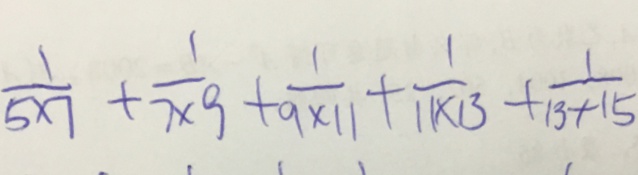
= \frac { 1 } { 5 \times 7 } + \frac { 1 } { 7 \times 9 } + \frac { 1 } { 9 \times 1 1 } + \frac { 1 } { 1 1 \times 1 3 } + \frac { 1 } { 1 3 \times 1 5 }